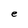
Character: e